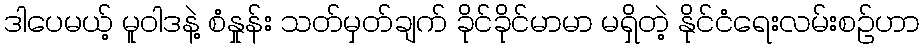
ဒါပေမယ့် မူဝါဒနဲ့ စံနှုန်း သတ်မှတ်ချက် ခိုင်ခိုင်မာမာ မရှိတဲ့ နိုင်ငံရေးလမ်းစဉ်ဟာ